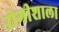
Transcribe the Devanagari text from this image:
रोगीशाला